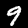
Label: 9